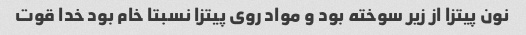
نون پیتزا از زیر سوخته بود و مواد روی پیتزا نسبتا خام بود خدا قوت